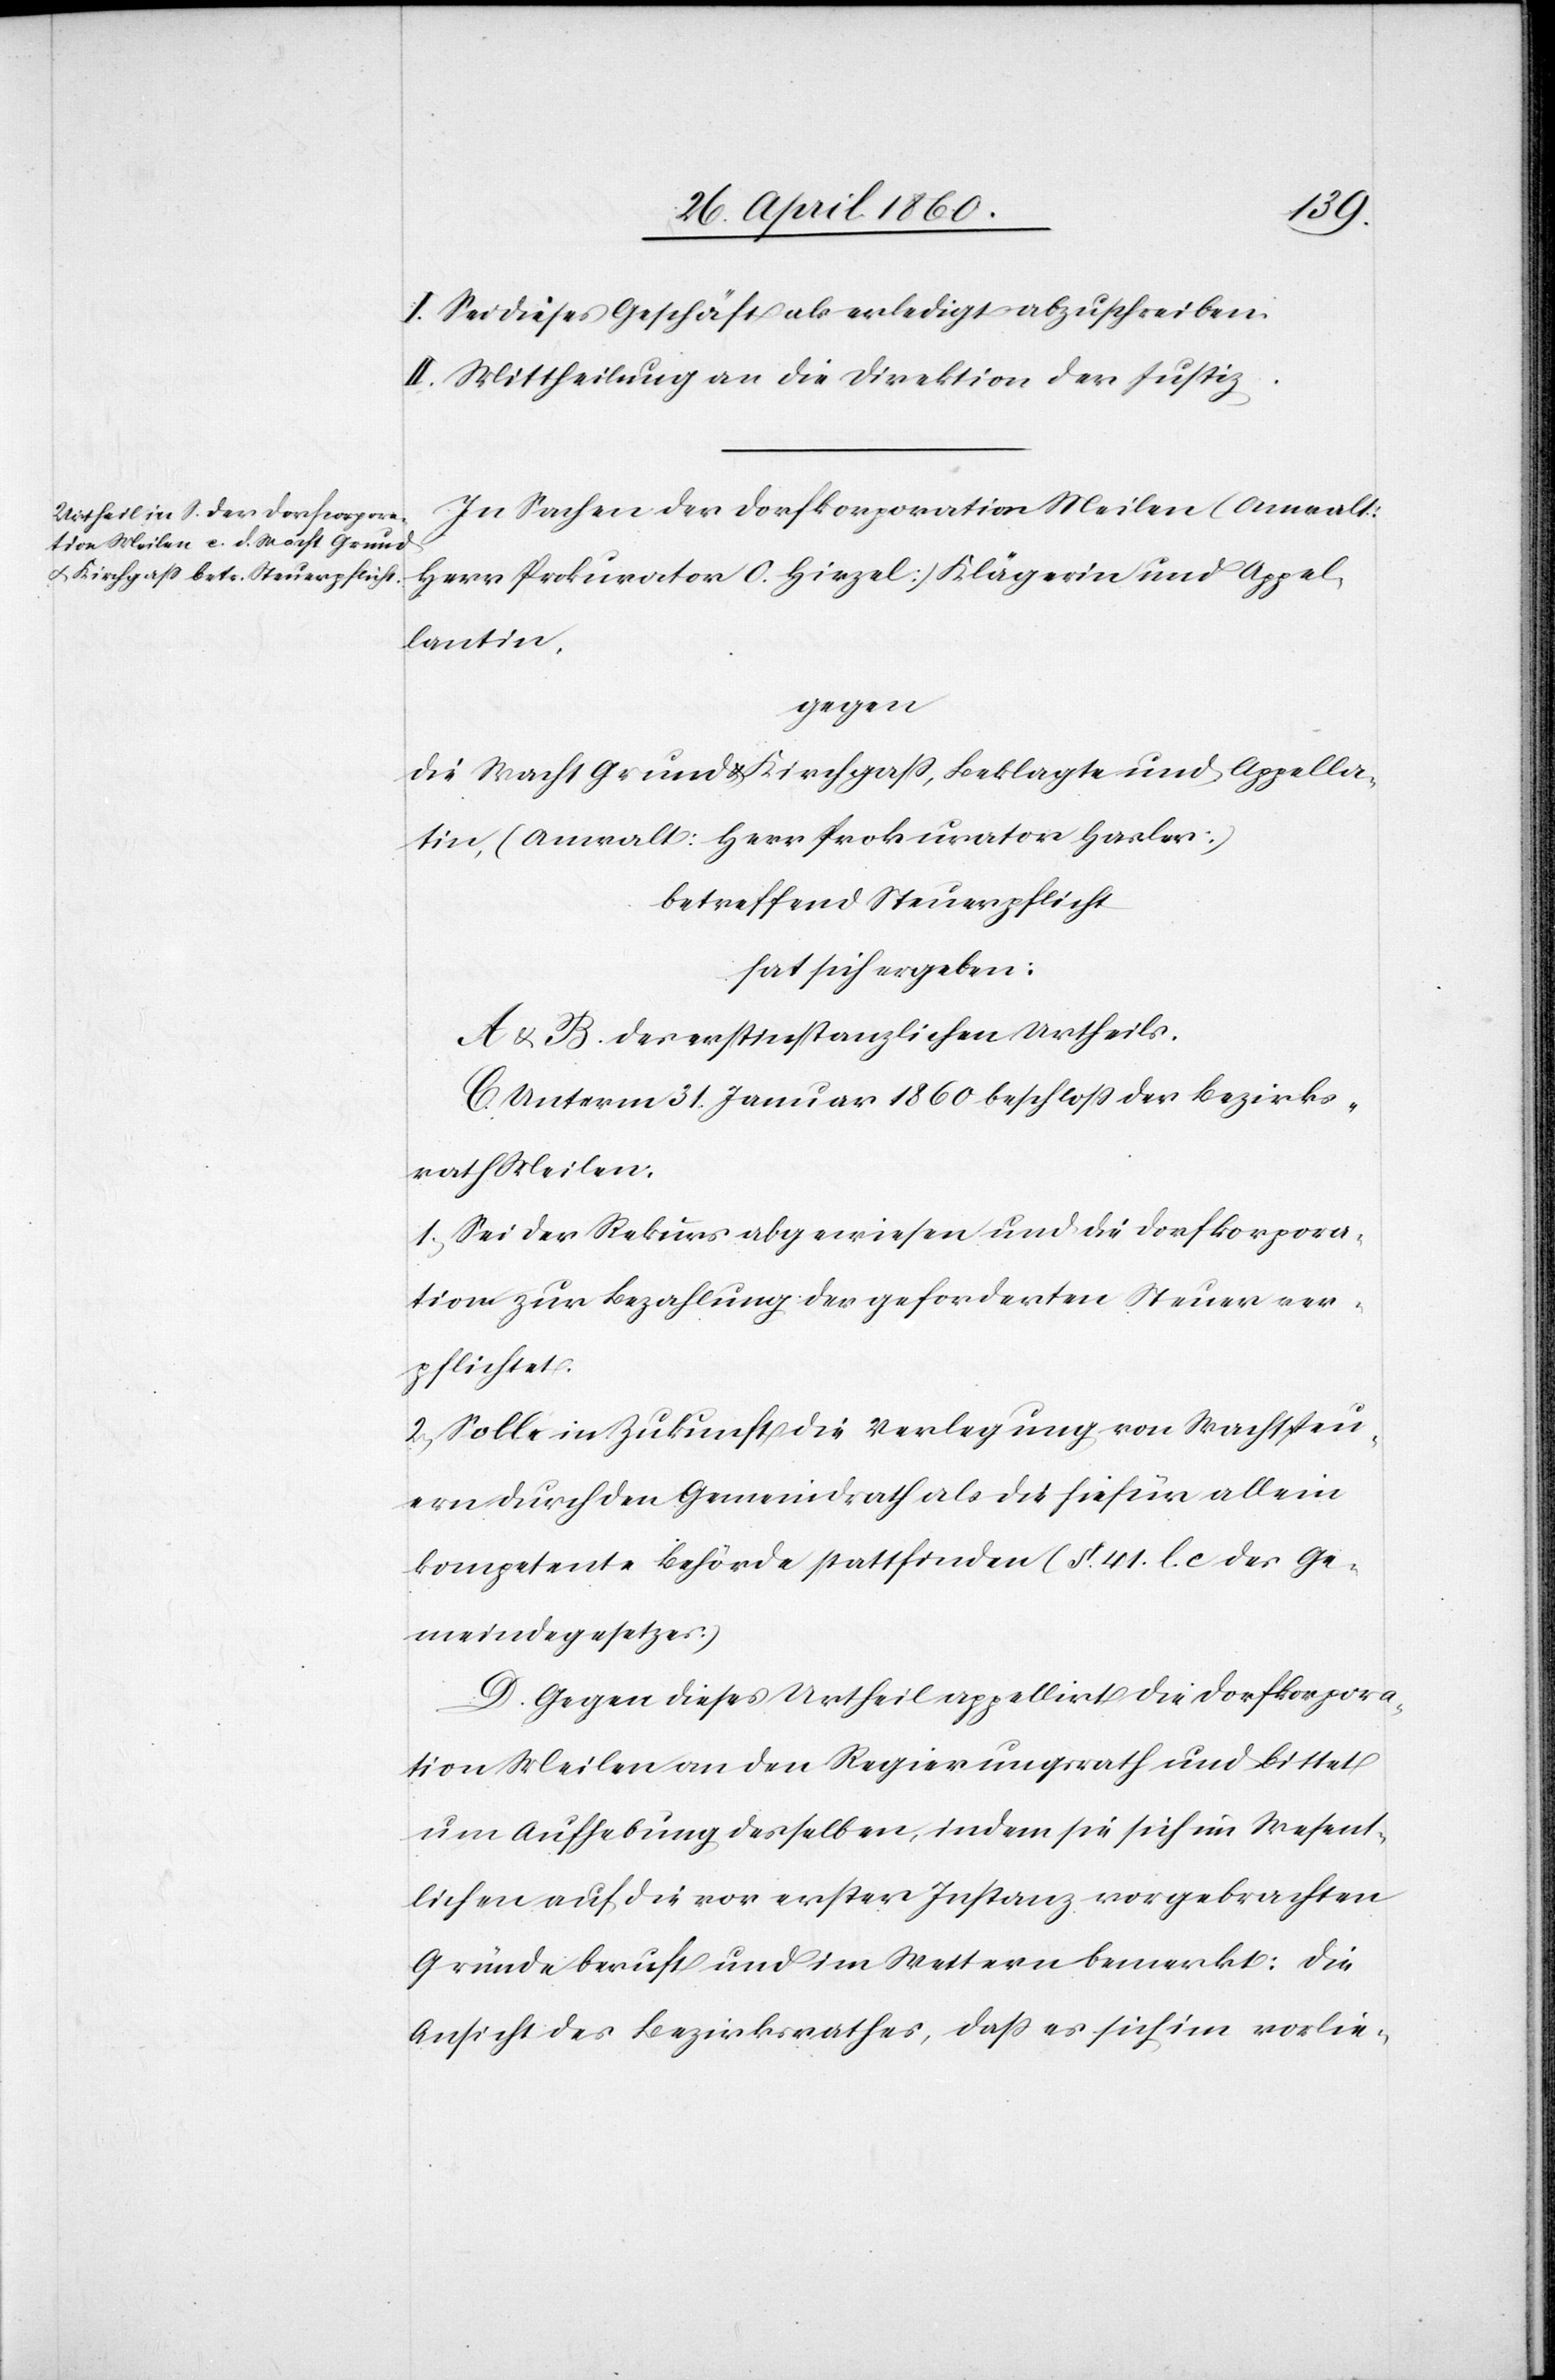
I. Sei dieses Geschäft als erledigt abzuschreiben.
II. Mittheilung an die Direktion der Justiz.
In Sachen der Dorfkorporation Meilen (Anwalt:
Herr Prokurator O. Hirzel) Klägerin und Appel¬
lantin,
gegen:
die Wacht Grund u. Kirchgass, Beklagte und Appellan¬
tin, (Anwalt: Herr Prokurator Hasler)
betreffend Steuerpflicht
hat sich ergeben:
A. u B. des erstinstanzlichen Urtheils.
C. Unterm 31. Januar 1860 beschloss der Bezirks¬
rath Meilen.
1. Sei der Rekurs abgewiesen und die Dorfkorpora¬
tion zur Bezahlung der geforderten Steuer ver¬
pflichtet.
2. Solle in Zukunft die Verlegung von Wachtsteu¬
ern durch den Gemeindrath als hiefür allein
kompetente Behörde stattfinden (§. 41. l. c des Ge¬
meindegesetzes)
D. Gegen dieses Urtheil appellirt die Dorfkorpora¬
tion Meilen an den Regierungsrath und bittet
um Aufhebung desselben, indem sie sich im Wesent¬
lichen auf die vor erster Instanz vorgebrachten
Gründe beruft und im Weitern bemerkt: Die
Ansicht des Bezirksrathes, dass es sich im vorlie-